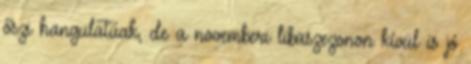
őszi hangulatúak, de a novemberi libaszezonon kívül is jó